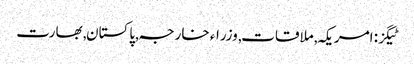
ٹیگز: امریکہ , ملاقات , وزراء خارجہ , پاکستان , بھارت